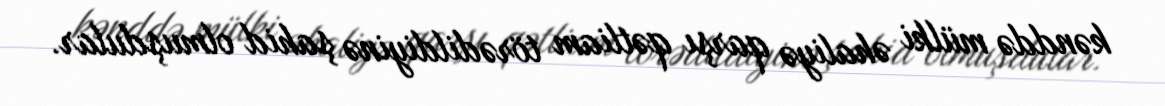
kənddə mülki əhaliyə qarşı qətliam törədildiyinə şahid olmuşdular.